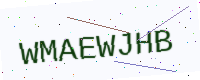
Text: WMAEWJHB